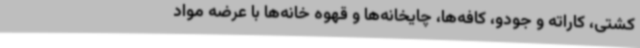
کشتی، کاراته و جودو، کافه‌ها، چایخانه‌ها و قهوه خانه‌ها با عرضه مواد